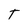
Character: t